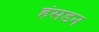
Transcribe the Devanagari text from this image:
हंसडन